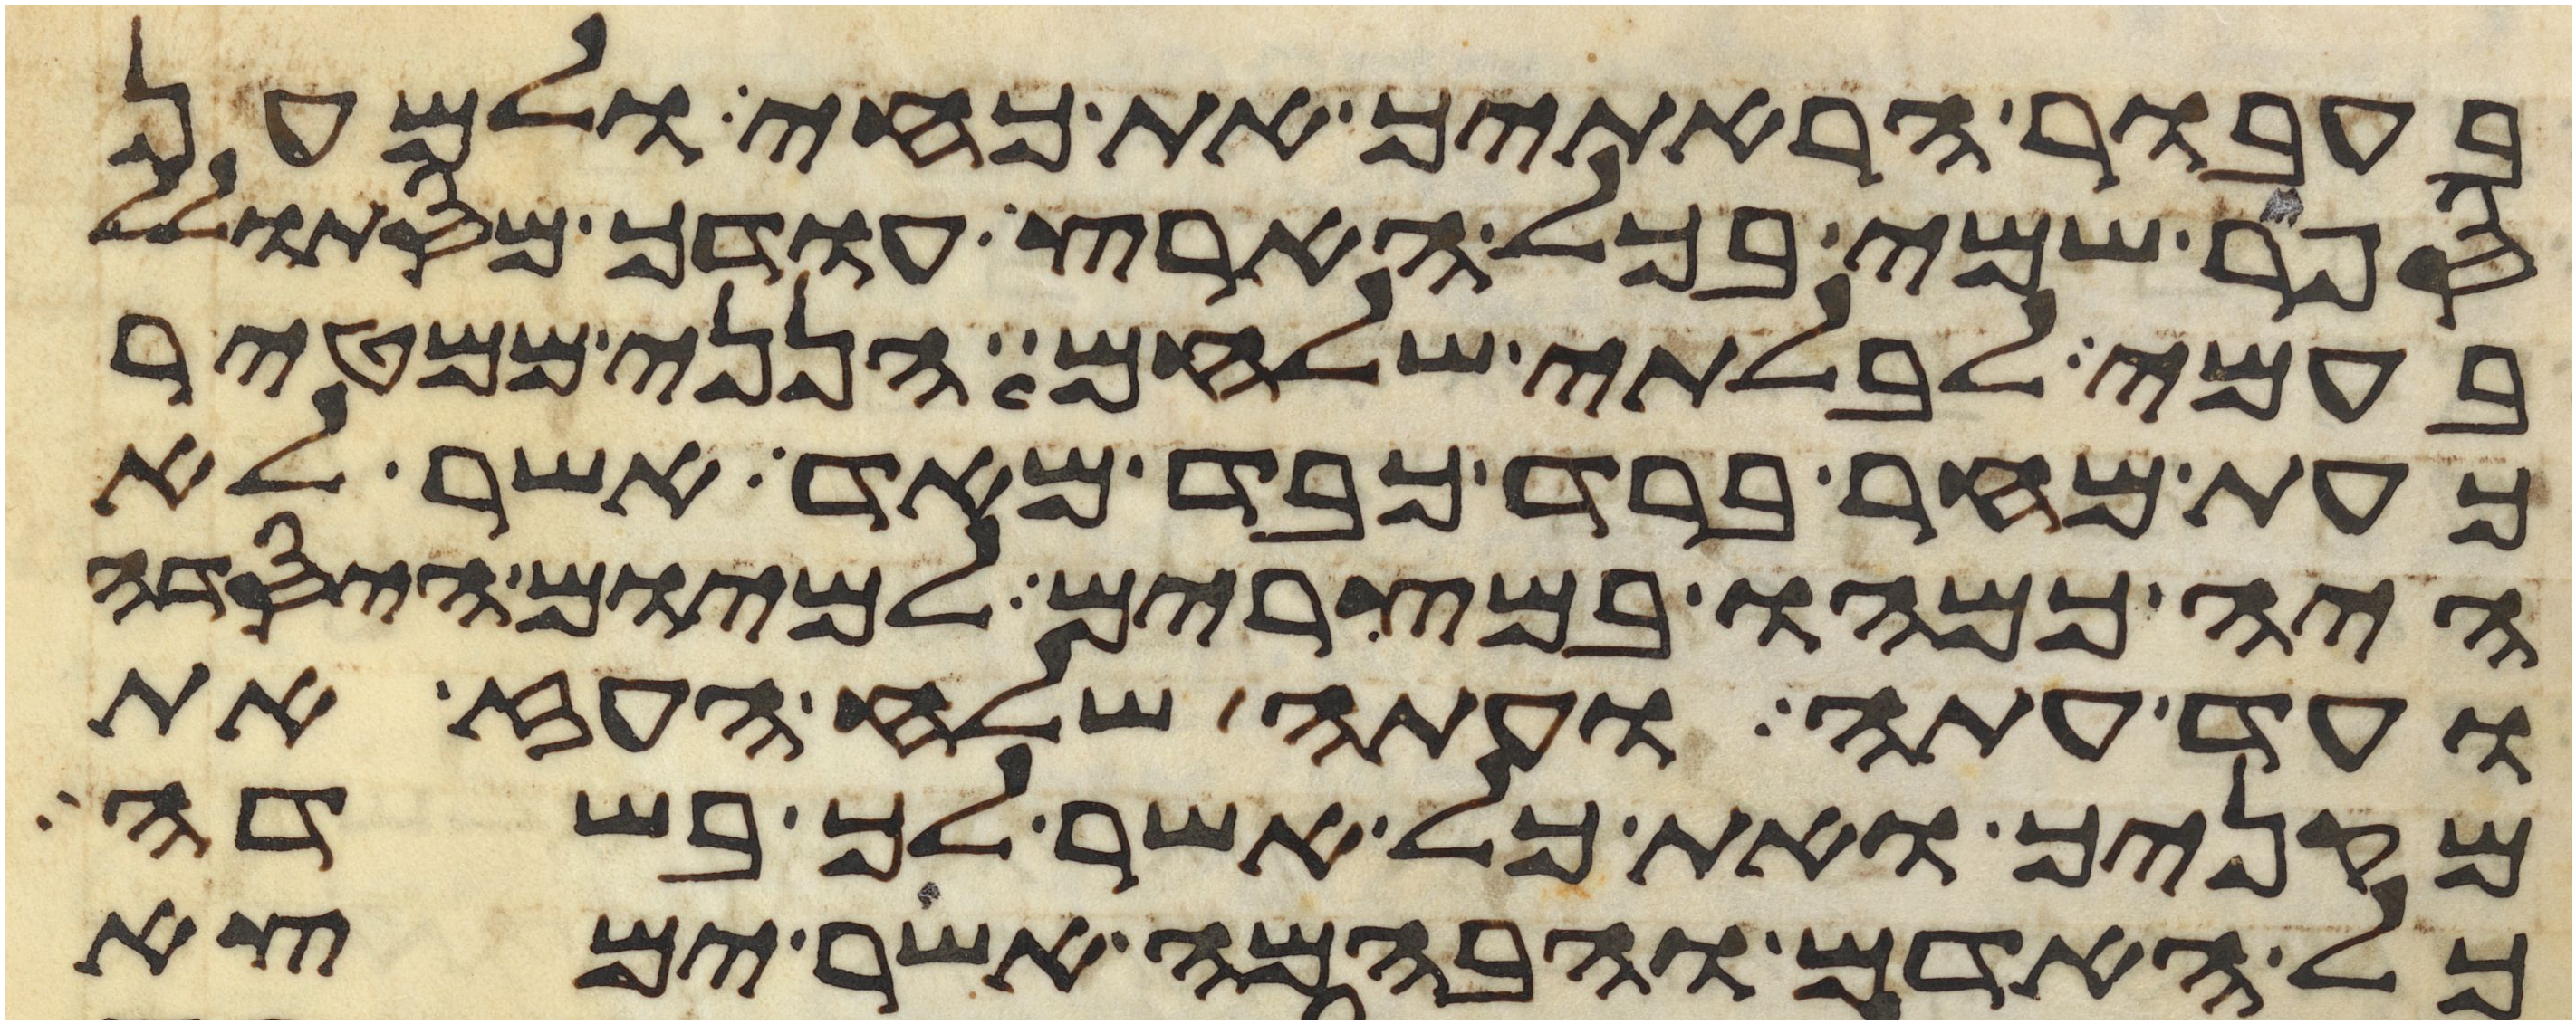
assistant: בעבור הראתיך את כחי ולמען
ספר שמי בכל הארץ עודך מסתולל
בעמי לבלתי שלחם הנני ממטיר
כעת מחר ברד כבד מאד אשר לא
היה כמהו במצרים למיום היסדה
ועד עתה ועתה שלח העז את
מקניך ואת כל אשר לך בשדה
כל האדם והבהמה אשר ימצא